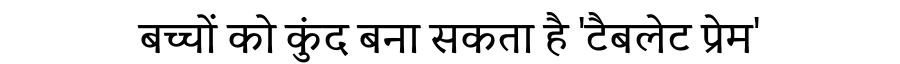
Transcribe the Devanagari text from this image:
बच्चों को कुंद बना सकता है 'टैबलेट प्रेम'